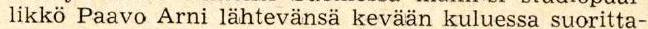
likkö Paavo Arni lähtevänsä kevään kuluessa suoritta-